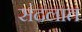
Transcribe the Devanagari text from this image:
संदलात